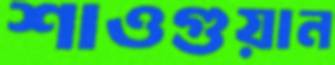
শাওগুয়ান